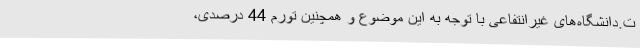
ت.دانشگاه‌های غیرانتفاعی با توجه به این موضوع و همچنین تورم 44 درصدی،